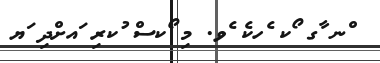
ްނ ާގ ޯކ ެހކެ ެވ. މި ޯކސް ުކރި ައށްދި ަޔ